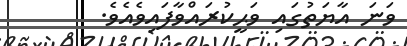
ވަނަ އާޔަތުގައި ވަޙީކުރައްވާފައިވެއެވެ.